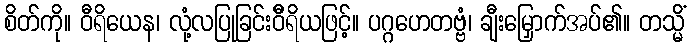
စိတ်ကို။ ဝီရိယေန၊ လုံ့လပြုခြင်းဝီိရိယဖြင့်။ ပဂ္ဂဟေတဗ္ဗံ၊ ချီးမြှောက်အပ်၏။ တသ္မိံ